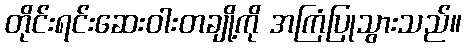
တိုင်းရင်းဆေးဝါးတချို့ကို အကြံပြုသွားသည်။